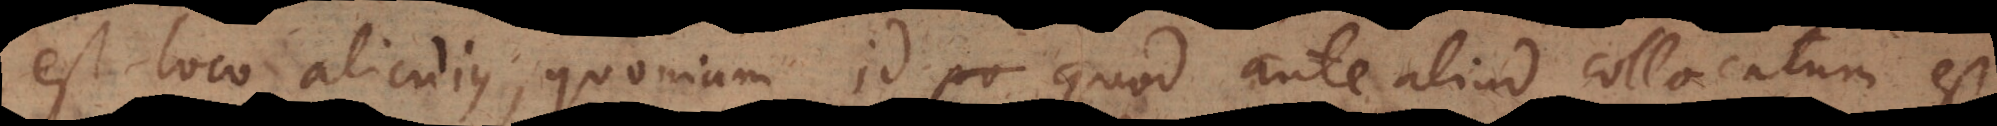
est loco alicujus, quoniam id quod ante aliud collocatum est,